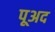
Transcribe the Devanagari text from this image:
पूअद